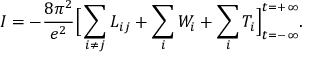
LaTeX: I = - \frac { 8 \pi ^ { 2 } } { e ^ { 2 } } \Big [ \sum _ { i \neq j } { \cal L } _ { i j } + \sum _ { i } { \cal W } _ { i } + \sum _ { i } { \cal T } _ { i } \Big ] _ { t = - \infty } ^ { t = + \infty } .